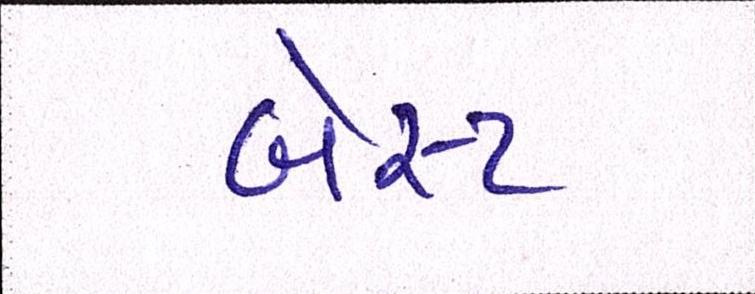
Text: બેસ્ટ